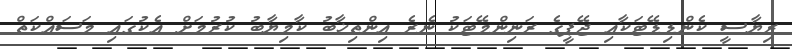
ރިޔާސީ ކެންޑިޑޭޓަކާއި ޖޭޕީގެ ރަނިންމޭޓަކު ނެރެ އިންތިޚާބު ކާމިޔާބު ކުރުމަށް އެކުގައި މަސައްކަތް